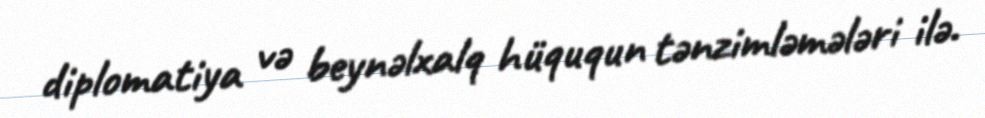
diplomatiya və beynəlxalq hüququn tənzimləmələri ilə.